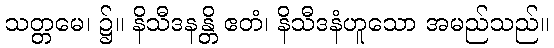
သတ္တမေ၊ ၌။ နိသီဒနန္တိ ဧတံ၊ နိသီဒနံဟူသော အမည်သည်။